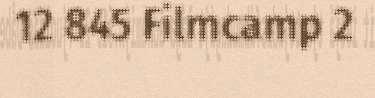
12 845 Filmcamp 2